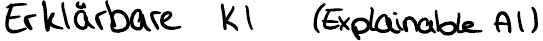
Erklärbare KI (Explainable AI)